Sketch of the medical history of the native army of Bombay, for the year
Year: 1870
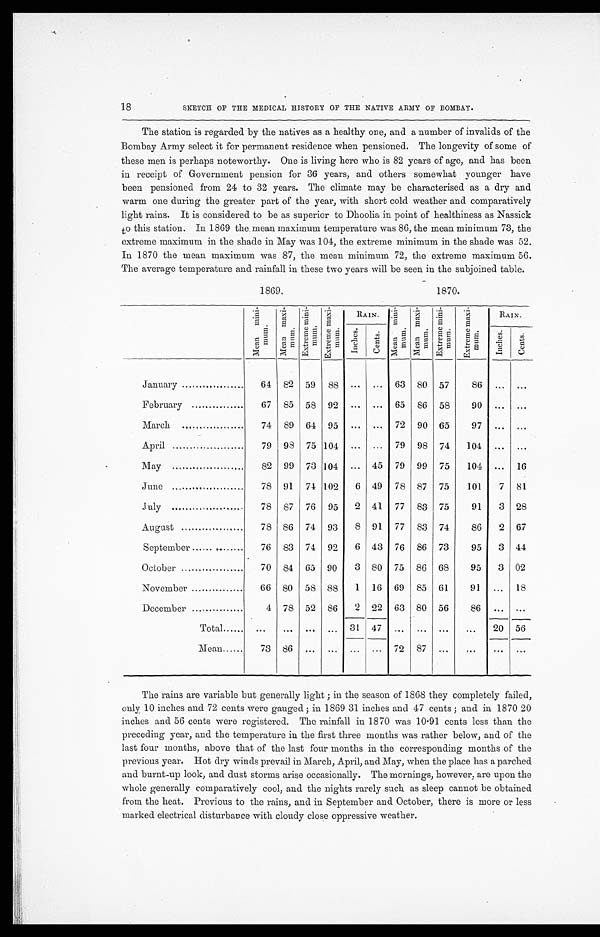
18
SKETCH OF THE MEDICAL HISTORY OF THE NATIVE ARMY OF BOMBAY.
The station is regarded by the natives as a healthy one, and a number of invalids of the
Bombay Army select it for permanent residence when pensioned. The longevity of some of
these men is perhaps noteworthy. One is living here who is 82 years of age, and has been
in receipt of Government pension for 36 years, and others somewhat younger have
been pensioned from 24 to 32 years. The climate may be characterised as a dry and
warm one during the greater part of the year, with short cold weather and comparatively
light rains. It is considered to be as superior to Dhoolia in point of healthiness as Nassick
to this station. In 1869 the. mean maximum temperature was 86, the mean minimum 73, the
extreme maximum in the shade in May was 104, the extreme minimum in the shade was 52.
In 1870 the mean maximum was 87, the mean minimum 72, the extreme maximum 56.
The average temperature and rainfall in these two years will be seen in the subjoined table.
1869.
1870.
M e a n m i n i - m u m .
M e a n m a x i - m u m E x t r e m e m i n i - m u m
E x t r e m e m a x i - m u m
RAIN. Me a n m i n i - m u m M e a n m a x i - m u m E x t r e m e m i n i - m u m
E x t r e m e m a x i - m u m
RAIN.
I n c h e s .
Ce nt s .
I nches. cent s.
January.
64 82 59 88
. . .
. . . 63 80 57
86 ... ...
February
67 85 58 92
. . . ... 65 86 58
90 ...
. . .
March
74 89 64 95 ... ... 7
90 65
97 ... ...
April
79 98 75 104 ... ... 79 98 74
104 ... ...
May
82 99 73 104 ... 45 79 99 75
104 ... 16
June
78 91 74 102
6 49 78 87 75
101
7 81
July
78 87 76 95
2 41 77 83 75
91
3 28
August
78 86 74 93
8 91 77 83 74
86
2 67
September
76 83 74 92
6 43 76 86 73
95
3 44
October
70 84 65 90
3 80 75 86 68
95
3 02
November
66 80 58 88
1 16 69 85 61
91 ... 18
December
4 78 52 86
2 22 63 80 56
86 ... ...
Total
...
... ... ... 31 47 ... ... ...
...
20 56
Mean
73 86 ... ...
. . .
... 72 87 ...
...
. . . ...
The rains are variable but generally light; in the season of 1868 they completely failed,
only, 10 inches and 72 cents were gauged; in 1869 31 inches and 47 cents; and in 1870 20
inches and 56 cents were registered. The rainfall in 1870 was 10.91 cents less than the
preceding year, and the temperature in the first three months was rather below, and of the
last four months, above that of the last four months in the corresponding months of the
previous year. Hot dry winds prevail in March, April, and May, when the place has a parched
and burnt-up look, and dust storms arise occasionally. The mornings, however, are upon the
whole generally comparatively cool, and the nights rarely such as sleep cannot be obtained
from the heat. Previous to the rains, and in September and October, there is more or less
marked electrical disturbance with cloudy close oppressive weather.